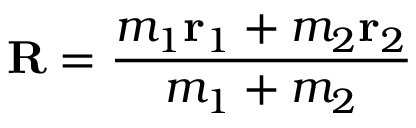
\mathbf { R } = { \frac { m _ { 1 } \mathbf { r } _ { 1 } + m _ { 2 } \mathbf { r } _ { 2 } } { m _ { 1 } + m _ { 2 } } }